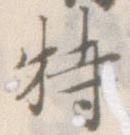
特